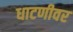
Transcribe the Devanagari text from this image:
धाटणीवर